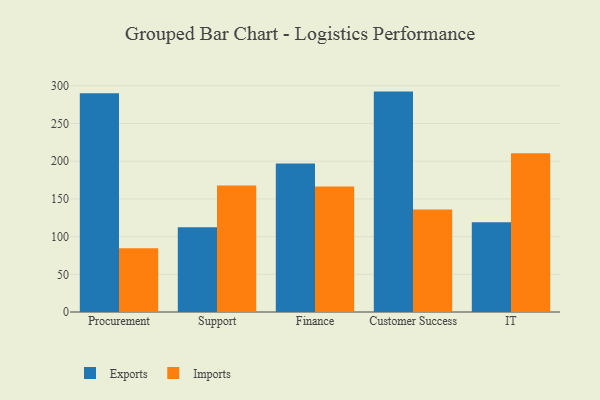
{"axis": {"x": "Department", "y": "Market Share (%)"}, "legend": ["Exports", "Imports"], "data": [{"x": "Procurement", "y": 290.1, "type": "Exports"}, {"x": "Procurement", "y": 84.7, "type": "Imports"}, {"x": "Support", "y": 112.5, "type": "Exports"}, {"x": "Support", "y": 167.7, "type": "Imports"}, {"x": "Finance", "y": 196.8, "type": "Exports"}, {"x": "Finance", "y": 166.6, "type": "Imports"}, {"x": "Customer Success", "y": 292.3, "type": "Exports"}, {"x": "Customer Success", "y": 136.1, "type": "Imports"}, {"x": "IT", "y": 119.1, "type": "Exports"}, {"x": "IT", "y": 210.5, "type": "Imports"}]}